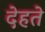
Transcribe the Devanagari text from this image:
देहते